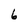
Character: 6